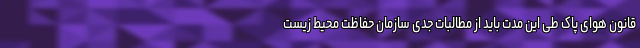
قانون هوای پاک طی این مدت باید از مطالبات جدی سازمان حفاظت محیط زیست